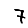
Digit: 7